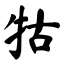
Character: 牯